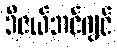
ဒီဇယ်အင်ဂျင်